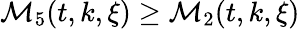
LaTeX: \mathcal{M}_{5}(t,k,\xi)\geq\mathcal{M}_{2}(t,k,\xi)